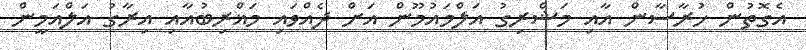
އެގޮތުން ޚުރާސާން އާއި މަޝްރިގު އަލްމައުމޫން އަށް ދެއްވައި މަޣްރިބުއާއި އިރާގު އަލްއަމީން